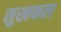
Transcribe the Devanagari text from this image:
सुखफल